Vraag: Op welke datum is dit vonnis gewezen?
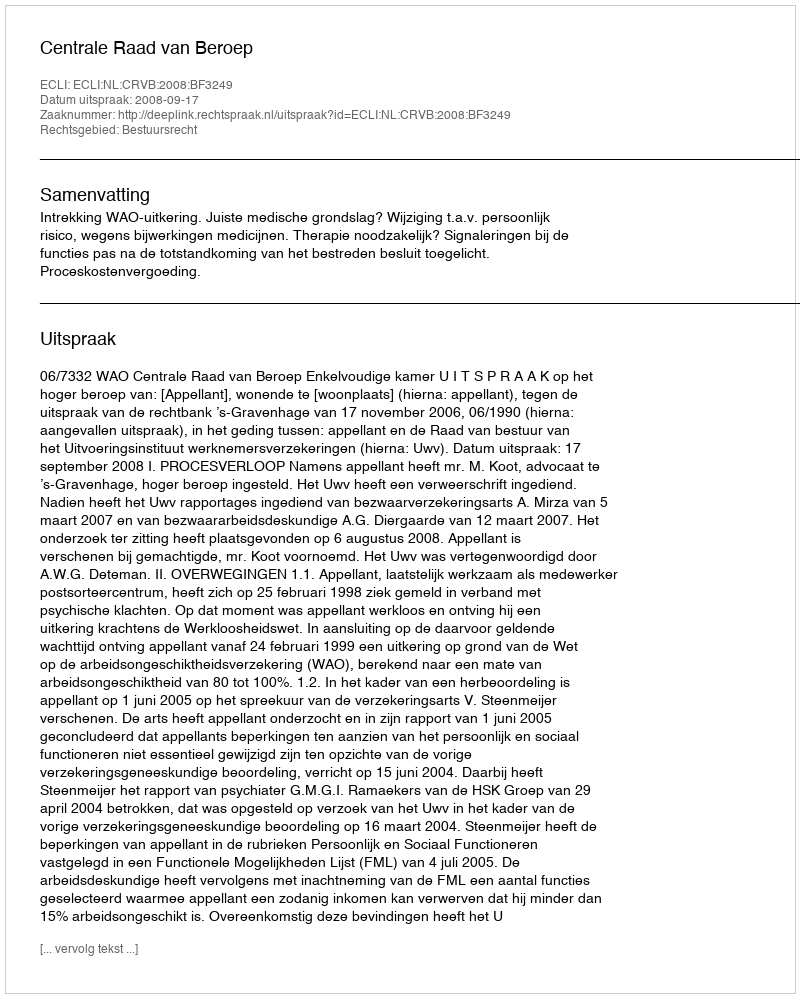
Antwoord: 2008-09-17